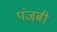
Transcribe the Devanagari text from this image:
पंजबी